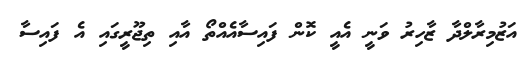
އަޒުމިރާލްދާ ޒާހިރު ވަނީ އެއީ ކޮން ފައިސާއެއްތޯ އާއި ތިޖޫރީގައި އެ ފައިސާ